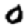
Digit: 0